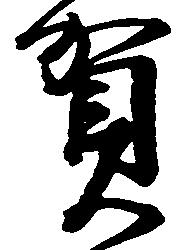
賀